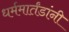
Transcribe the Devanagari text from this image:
धर्ममार्तंडांनी